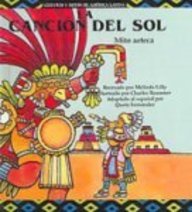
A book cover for La Cancion del Sol / Song of the Sun (Cuentos y Mitos de America Latina) (Spanish Edition); Melinda Lilly; Children's Books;